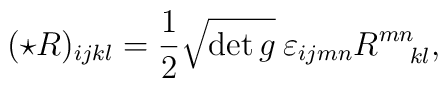
(\star R)_{ijkl}={1\over2}\sqrt{\det g}\:\varepsilon_{ijmn}R^{mn}_{\:\:\:\:\:\:kl},